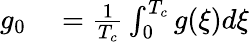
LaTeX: \begin{array}{rl}{g_{0}}&{{}=\frac{1}{T_{c}}\int_{0}^{T_{c}}g(\xi)d\xi}\end{array}